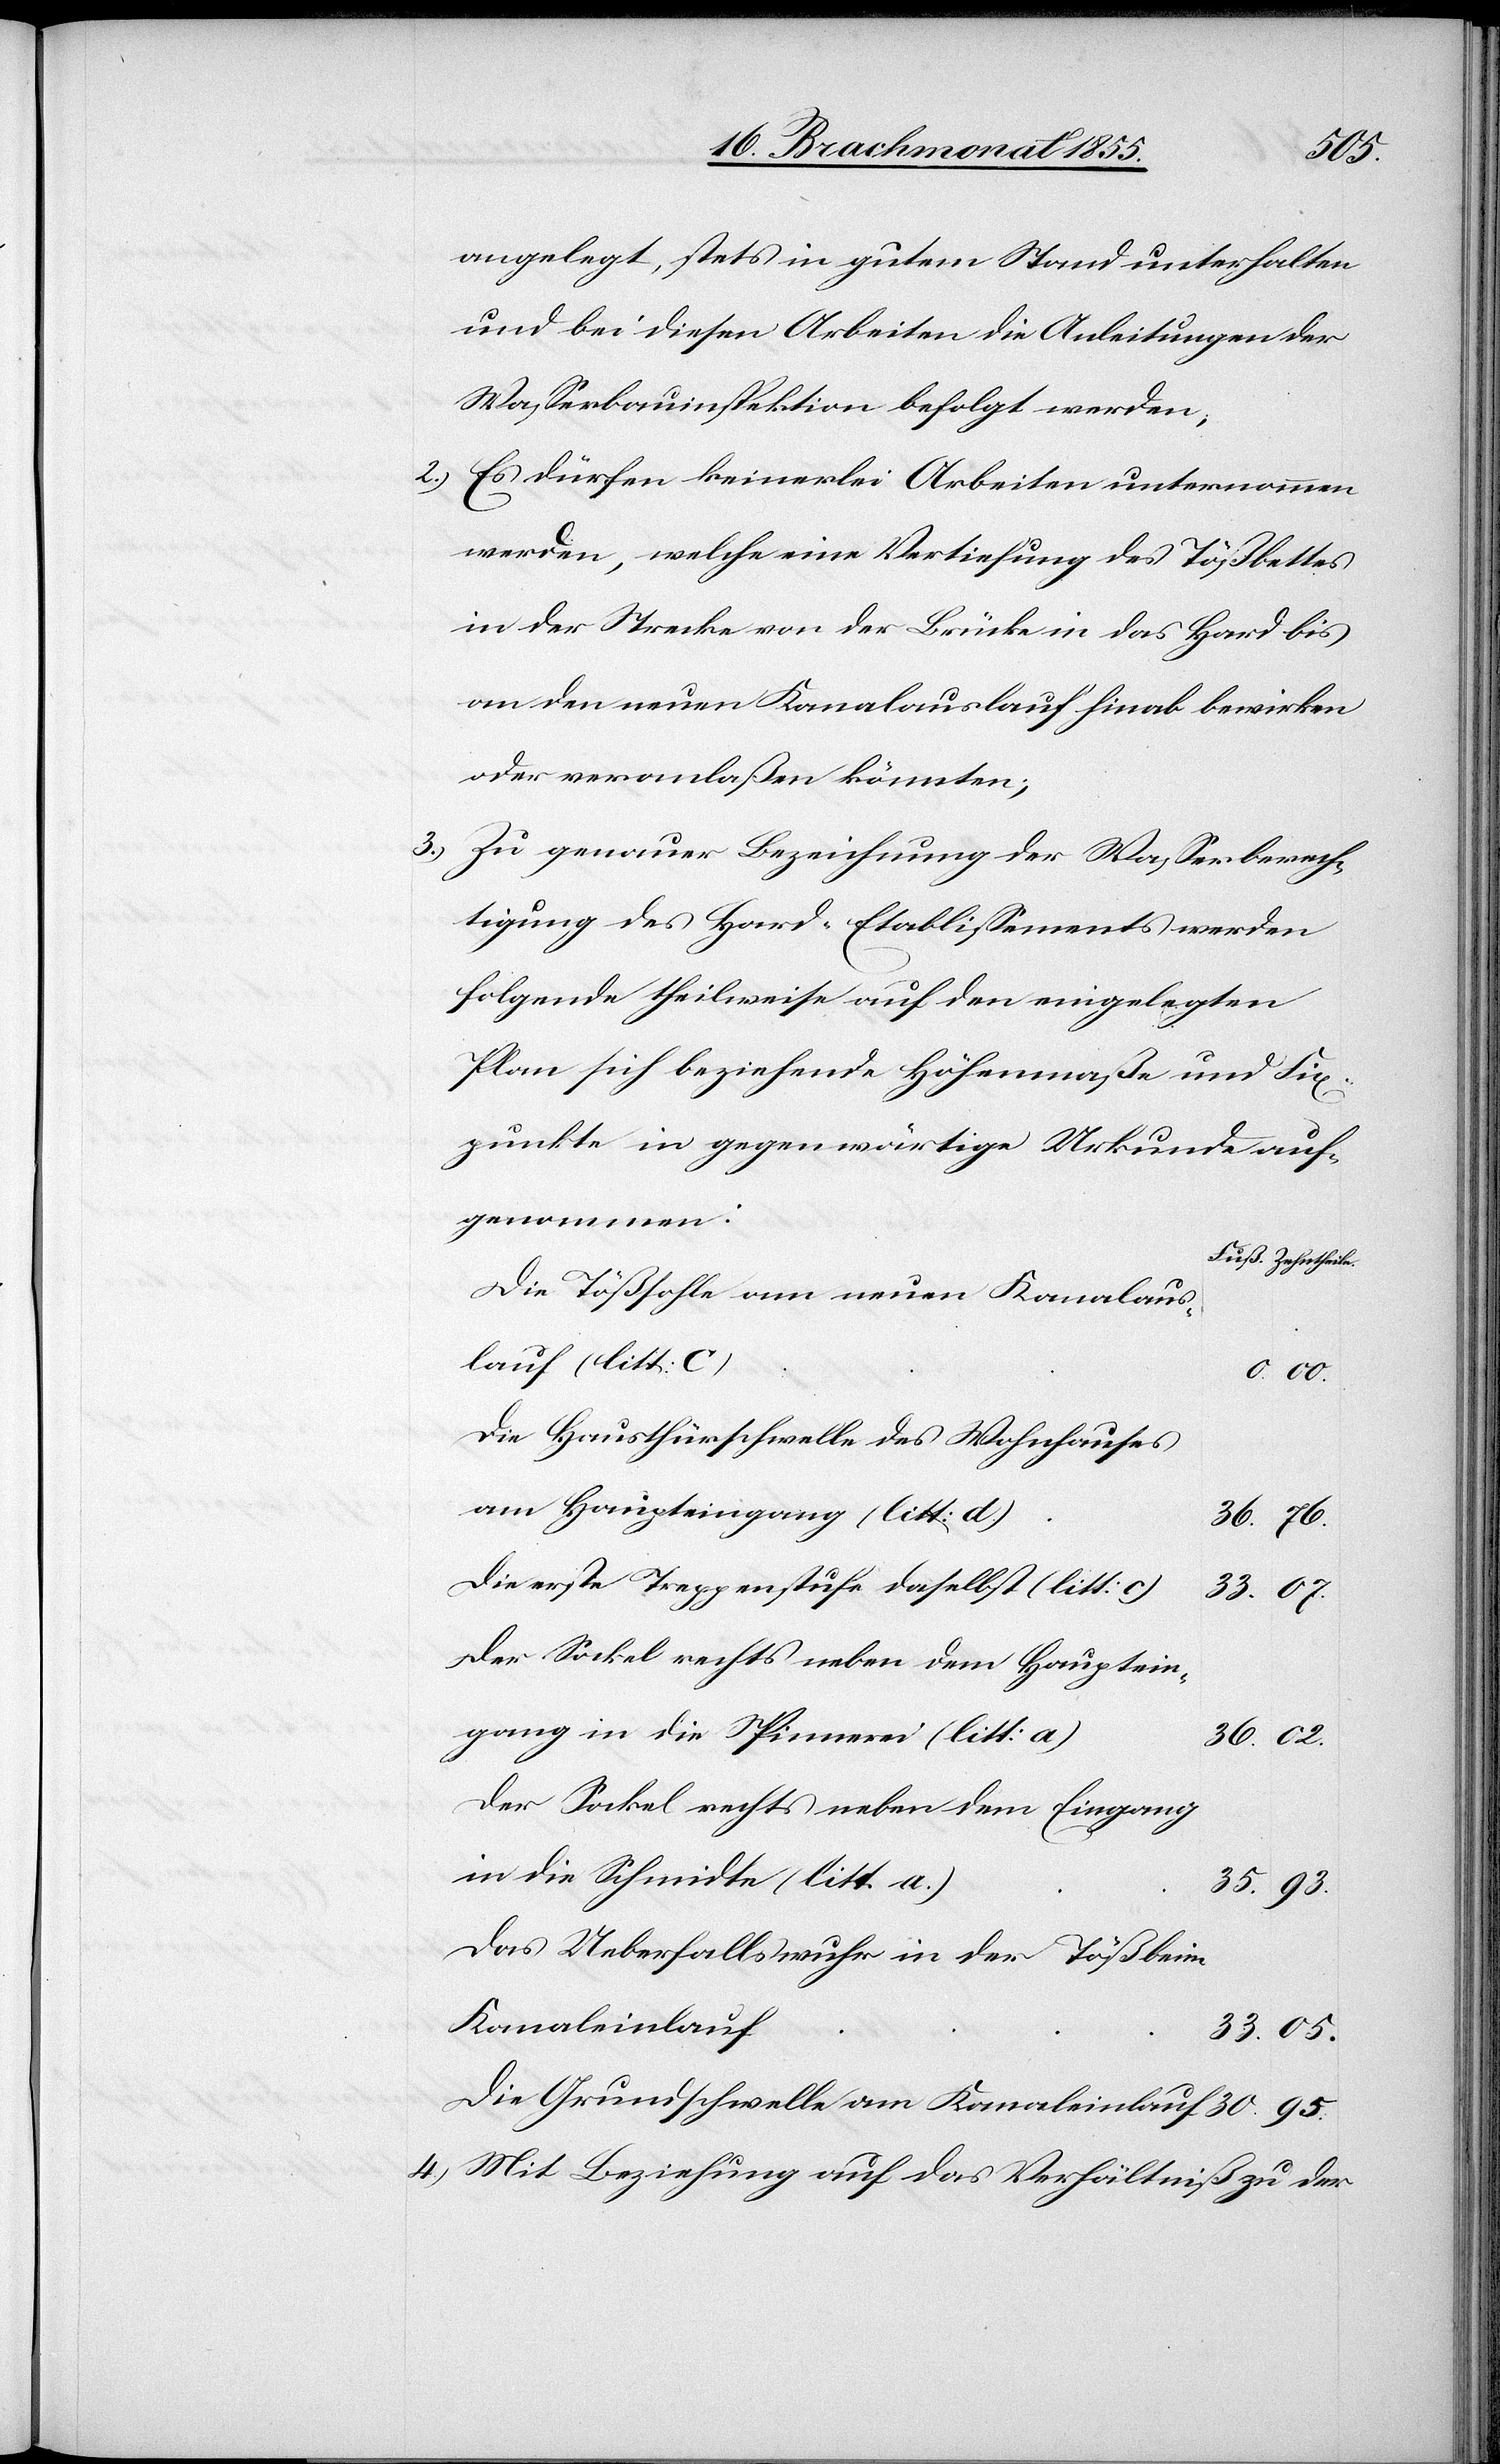
30.
angelegt, stets in gutem Stand unterhalten
und bei diesen Arbeiten die Anleitungen der
Wasserbauinspektion befolgt werden;
Es dürfen keinerlei Arbeiten unternommen
werden, welche eine Vertiefung des Tößbettes
in der Strecke von der Brücke in das Hard bis
an den neuen Kanalauslauf hinab bewirken
oder veranlaßen könnten;
Zu genauer Bezeichnung der Wasserberech¬
tigung des Hard-Etablissements werden
folgende theilweise auf den eingelegten
Plan sich beziehende Höhenmaße und Fix¬
punkte in gegenwärtige Urkunde auf¬
genommen:
Die Tößsohle am neuen Kanalaus¬
lauf (litt: C)
Die Hausthürschwelle des Wohnhauses
am Haupteingang (litt: d)
Die erste Treppenstufe daselbst (litt: c)
Der Sockel rechts neben dem Hauptein¬
gang in die Spinnerei (litt: a)
Der Sockel rechts neben dem Eingang
in die Schmidte (litt. a.)
35.
Das Ueberfallswuhr in der Töß beim
Kanaleinlauf
Die Grundschwelle am Kanaleinlauf
Mit Beziehung auf das Verhältniß zu der